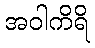
အဝါကိရိ